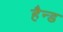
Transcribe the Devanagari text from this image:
हैन्ड